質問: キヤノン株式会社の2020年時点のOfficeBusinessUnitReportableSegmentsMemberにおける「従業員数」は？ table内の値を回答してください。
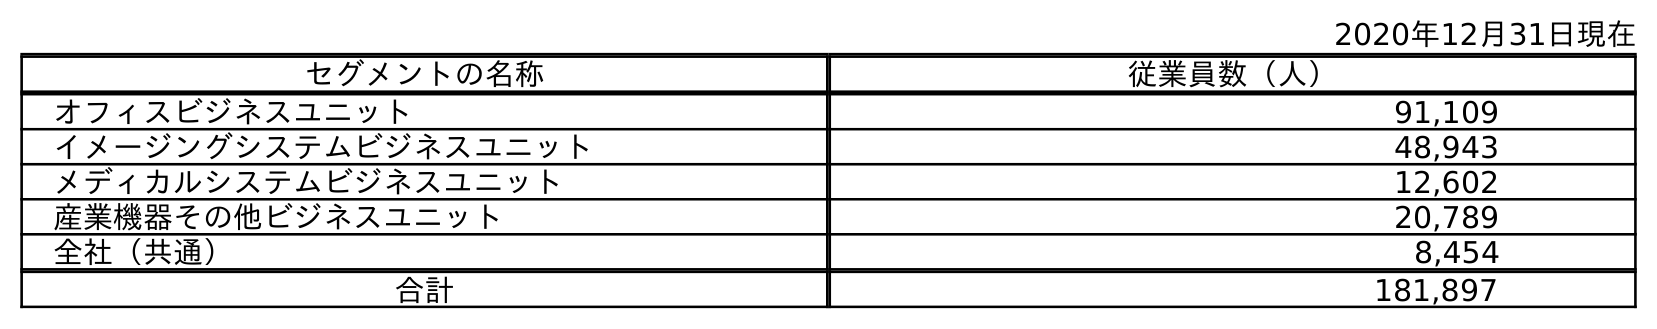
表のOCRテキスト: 2020年12月31日現在 セグメントの名称 従業員数（人） オフィスビジネスユニット 91,109 イメージングシステムビジネスユニット 48,943 メディカルシステムビジネスユニット 12,602 産業機器その他ビジネスユニット 20,789 全社（共通） 8,454 合計 181,897
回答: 91,109